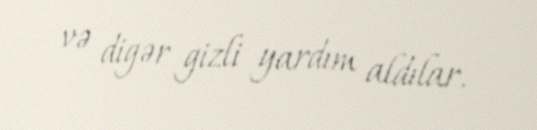
və digər gizli yardım aldılar.